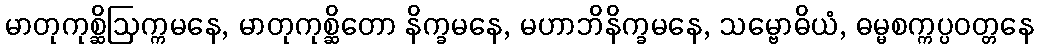
မာတုကုစ္ဆိဩက္ကမနေ, မာတုကုစ္ဆိတော နိက္ခမနေ, မဟာဘိနိက္ခမနေ, သမ္ဗောဓိယံ, ဓမ္မစက္ကပ္ပဝတ္တနေ